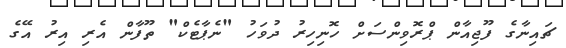
ޗައިނާގެ ފޫޖިއާން ޕްރޮވިންސަށް ހޮނިހިރު ދުވަހު "ނެޕާޓެކް" ތޫފާން އެރި އިރު އޭގެ